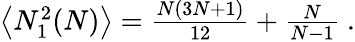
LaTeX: \begin{array}{r}{\left\langle N_{1}^{2}(N)\right\rangle=\frac{N(3N+1)}{12}+\frac{N}{N-1}~.}\end{array}